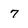
Character: 7